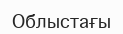
Облыстағы